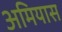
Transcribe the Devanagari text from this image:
अमियास